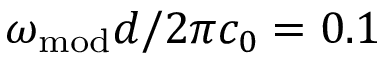
\omega _ { \mathrm { m o d } } d / 2 \pi c _ { 0 } = 0 . 1